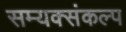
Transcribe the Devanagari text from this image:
सम्यक्संकल्प